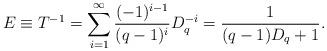
LaTeX: \begin{align*}E \equiv T^{-1} = \sum_{i=1}^\infty \frac{(-1)^{i-1}}{(q-1)^i} D_q^{-i}= \frac1{(q-1)D_q+1}.\end{align*}